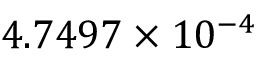
4 . 7 4 9 7 \times 1 0 ^ { - 4 }